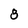
Character: 8